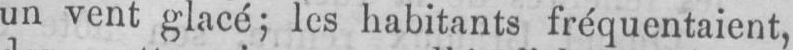
un vent glacé; les habitants fréquentaient,